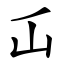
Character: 屲